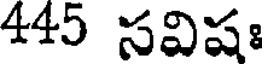
445 సవిషః